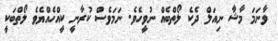
ވާނަމަ މާޝާ ނިއަލް ދެކެ ލޯތްބެއް ނުވީހެވެ. ނަމަވެސް ކުރާނީ ކީއްހެއްޔެވެ ލޯތްބަކީ